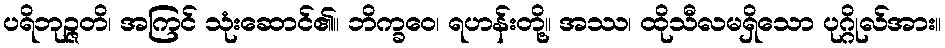
ပရိဘုဉ္ဇတိ၊ အကြင် သုံးဆောင်၏။ ဘိက္ခဝေ၊ ရဟန်းတို့။ အဿ၊ ထိုသီလမရှိသော ပုဂ္ဂိုလ်အား။